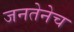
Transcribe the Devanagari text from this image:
जनतेनेच